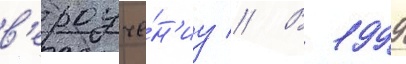
в'ероуче́н'иу // В 1999